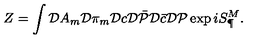
Z = \int { \cal D } A _ { m } { \cal D } \pi _ { m } { \cal D } c { \cal D } \bar { \cal P } { \cal D } \bar { c } { \cal D } { \cal P } \exp i S _ { \P } ^ { M } .